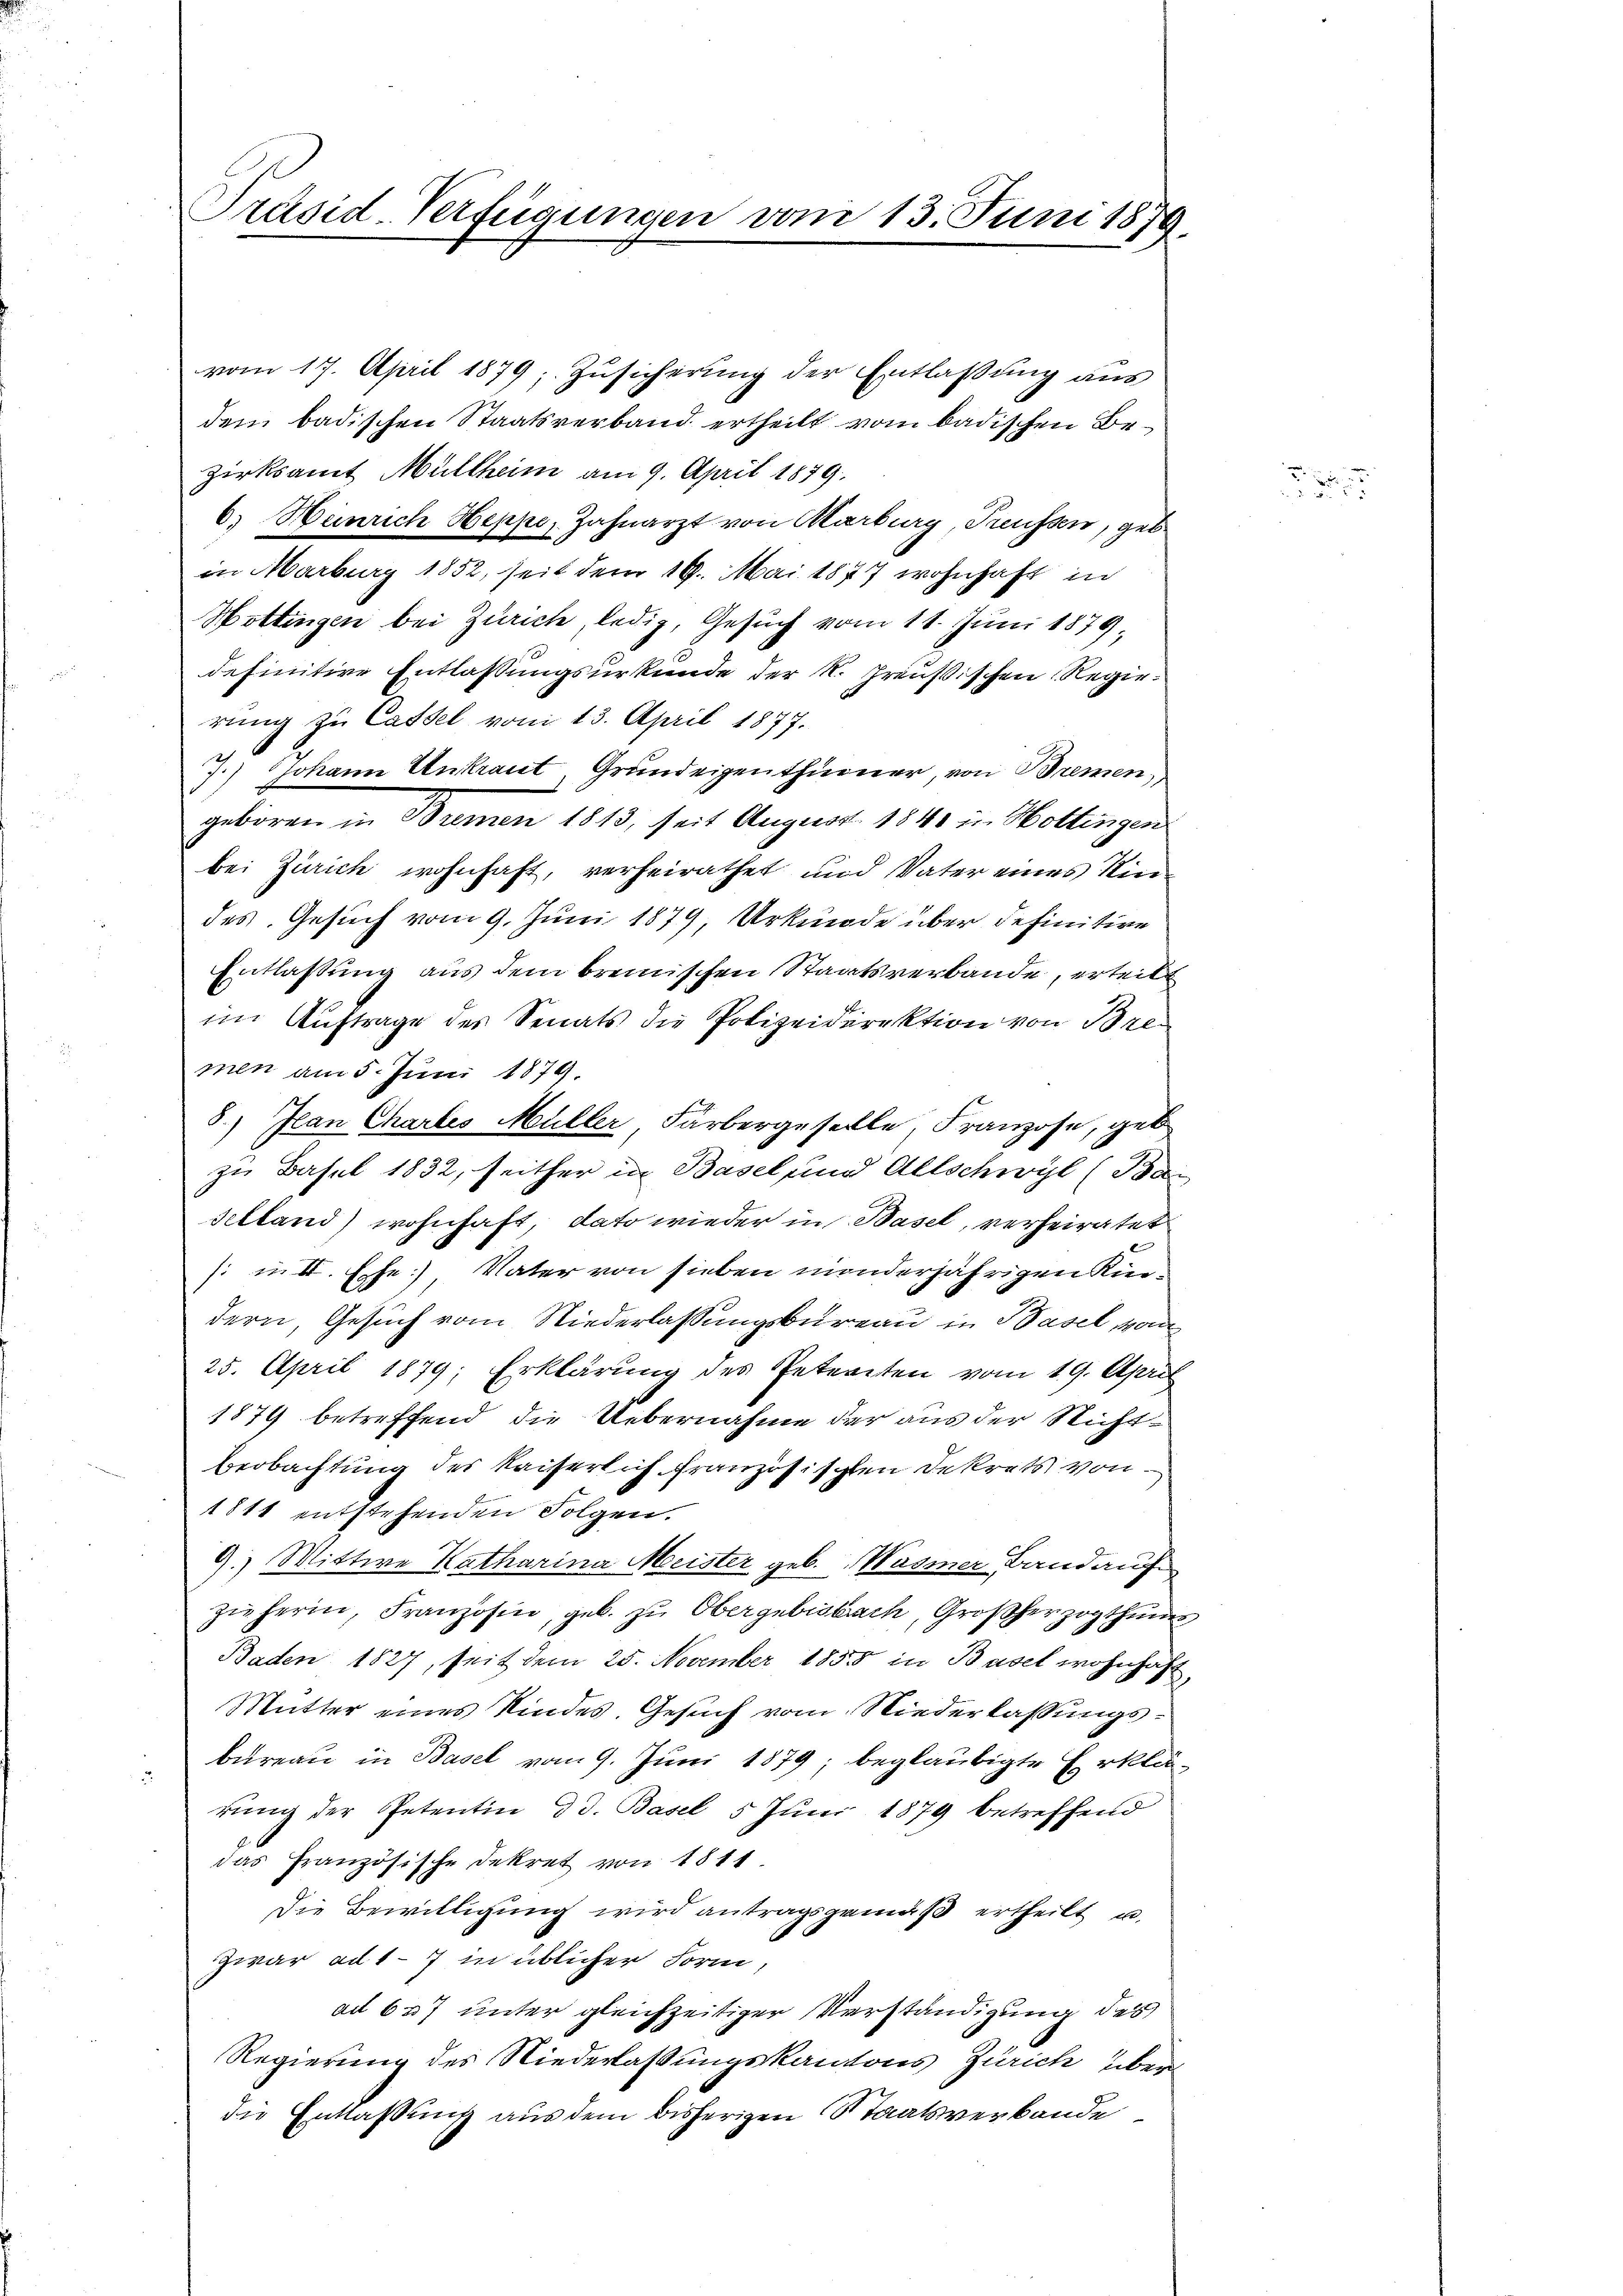
Präsid-Verfügungen vom 13. Juni 1879.

vom 17. April 1879; Zusicherung der Entlaßung aus
dem badischen Staatsverband ertheilt vom badischen Bezirksamt Müllheim am 9. April 1879.
6. Henrich Heppe, Zahnarzt von Marburg, Treussen, geb.
in Marburg 1852, seit dem 19. Mai 1877 wohnhaft in
Hottingen bei Zürich, ledig, Gesuch vom 11. Juni 1879,
definitive Entlassungsurkunde der K. Preußischen Regierung zu Cassel vom 13. April 1877.
7.) Johann Ankraut Grundeigenthümer, von Bremen,
geboren in Bremen 1813, seit August 1840 in Hottingen
bei Zürich wohnhaft, verheirathet und Vater eines Kin-
des Gesuch vom 9. Juni 1879, Urkunde über definitive
Entlassung aus dem brenischen Staatsverbande, erteilt
im Auftrage des Senats die Polizeidirektion von Bre
men am 5. Juni 1879.
8.) Jean Chartes Müller, Färbergeselle, Franzose, geb
zu Basel 1832, seither in Basel und Allschwyl (Ba
Selland) wohnhaft, dato wieder in Basel, verheiratet
s: in II. Ehe) Vater von sieben minderjährigen Kindern, Gesuch vom Niederlassungsbureau in Basel, von
25. April 1879; Erklärung des Petenten vom 19. April
1879 betreffend die Uebernahme der aus der Nicht
Beobachtung des Kaiserlich französischen Dekrets von
1811 entstehenden Folgen.
9.) Mittwe Katharina Meister geb. Masmer Band auf
zieherin, Französin, geb. zu Obergebisbach, Großherzogthumes
Baden 1827, seit dem 25. November 1855 in Basel wohnhaft
Mutter eines Kindes. Gesuch vom Niederlassungsbureau in Basel vom 9. Juni 1879; beglaubigte Erklärung der Petentin d d. Basel 5 Juni 1879 betreffend
das Französische Dekret von 1811
Die Bewilligung wird antragsgemäß ertheilt u.
Zwar ad 17 in üblicher Form,
ad 627 unter gleichzeitiger Verständigung des
Regierung des Niederlassungskantons Zürich über
die Entlaßung aus dem bisherigen Staatsverbande